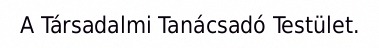
A Társadalmi Tanácsadó Testület.